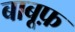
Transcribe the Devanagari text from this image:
बाबूफ़